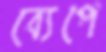
ব্যেপে